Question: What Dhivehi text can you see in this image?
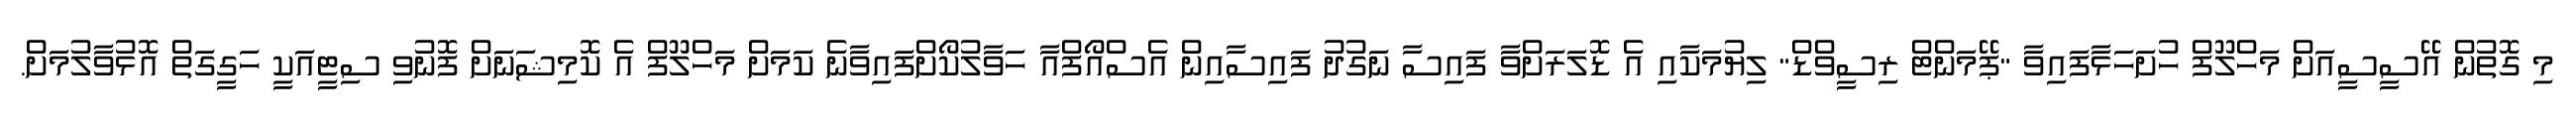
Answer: މި ގޮތުން އޭސީސީއަށް މަހްލޫފް ހުށަހަޅާފައިވާ "ޕޭމަންޓް ރިސީވްޑް" ލިޔުމަކާއި އެ ޑޮލަރަށްވާ ފައިސާ ނަގުދު ފައިސާއިން އެސްއޯފްއާ ހަވާލުކޯށްފައިވާނެ ކަމަށް މަހްލޫފް އެ ކޮމިޝަނަށް ފޮނުވި ސިޓީއަކީ ހަގީގަތް އޮޅުވާލުމަށް.